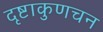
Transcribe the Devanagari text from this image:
दृष्टाकुणचन